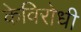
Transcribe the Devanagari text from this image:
केविरोधी